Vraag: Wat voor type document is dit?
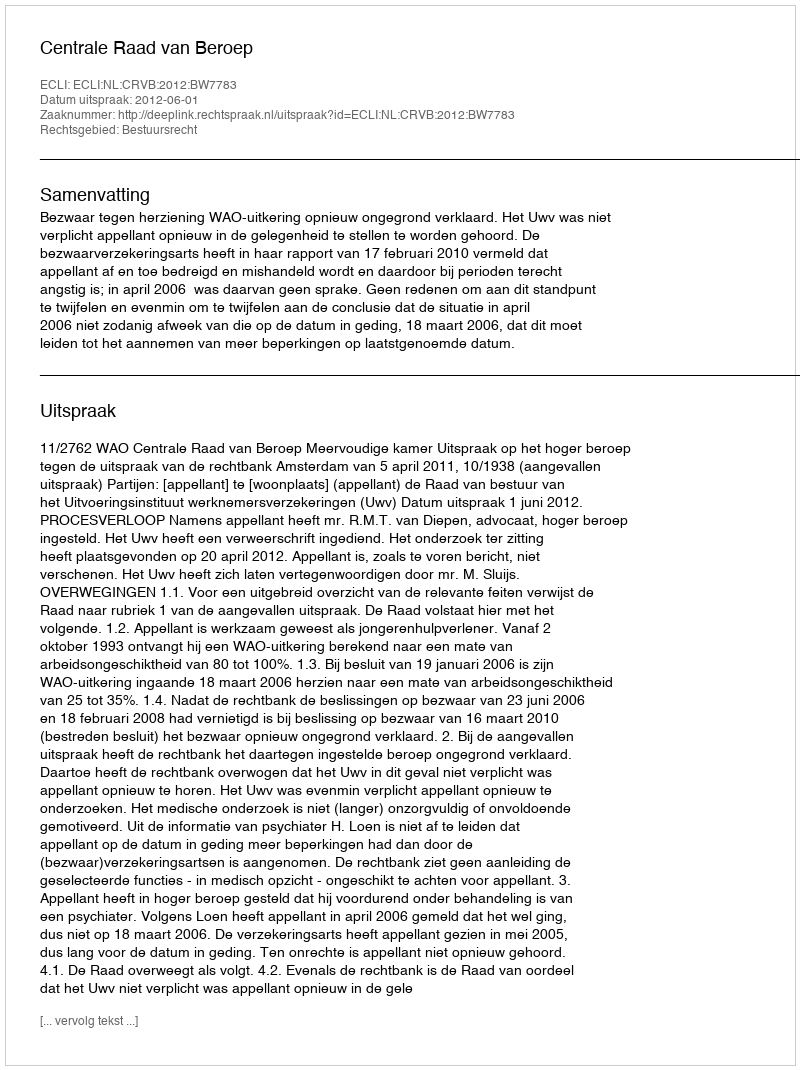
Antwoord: Uitspraak